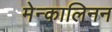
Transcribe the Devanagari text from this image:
मेन्कालिनन